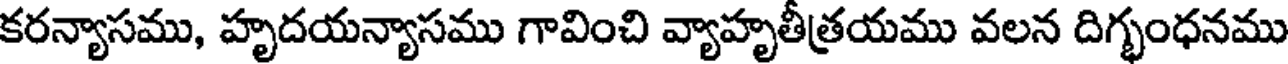
కరన్యాసము, హృదయన్యాసము గావించి వ్యాహృతీత్రయము వలన దిగ్భంధనము